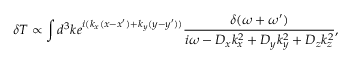
\delta T \propto \int d ^ { 3 } k e ^ { i ( k _ { x } ( x - x ^ { \prime } ) + k _ { y } ( y - y ^ { \prime } ) ) } \frac { \delta ( \omega + \omega { ' } ) } { i \omega - { D _ { x } } { k _ { x } ^ { 2 } } + { D _ { y } } { k _ { y } ^ { 2 } } + { D _ { z } } { k _ { z } ^ { 2 } } } ,